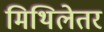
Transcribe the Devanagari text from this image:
मिथिलेतर